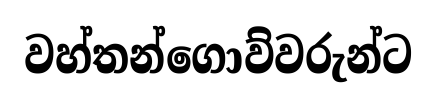
වහ්තන්ගොව්වරුන්ට